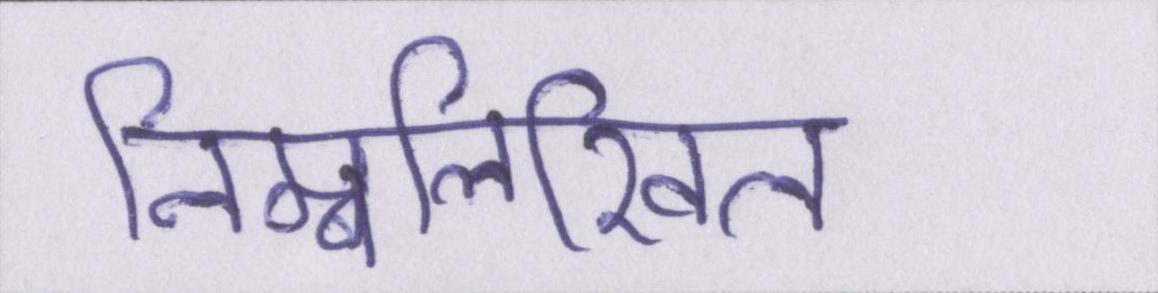
निम्नलिखिल